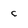
Character: c